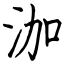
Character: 泇